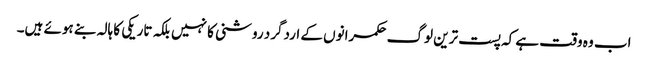
اب وہ وقت ہے کہ پست ترین لوگ حکمرانوں کے اردگرد روشنی کا نہیں بلکہ تاریکی کا ہالہ بنے ہوئے ہیں۔